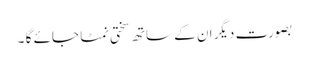
بصورت دیگر ان کے ساتھ سختی نمٹا جائے گا ۔